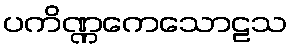
ပကိဏ္ဏကေသောဠသ